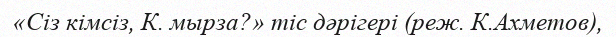
«Сіз кімсіз, К. мырза?» тіс дәрігері (реж. К.Ахметов),